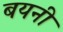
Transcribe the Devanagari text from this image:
बयनी